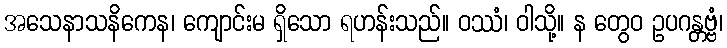
အသေနာသနိကေန၊ ကျောင်းမ ရှိသော ရဟန်းသည်။ ဝဿံ၊ ဝါသို့။ န တွေဝ ဥပဂန္တဗ္ဗံ၊